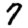
Digit: 7